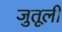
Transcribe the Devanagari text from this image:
जुतूली